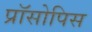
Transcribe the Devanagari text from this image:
प्रॉसोपिस